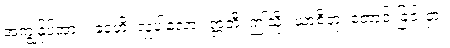
အကျွန်ုပ်အား။ ဒေဟိ၊ လှူပါလော။ ဣတိ၊ ဤသို့။ ယာစိတုံ၊ တောင်းခြင်းငှာ။